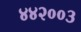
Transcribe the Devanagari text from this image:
४४२००३